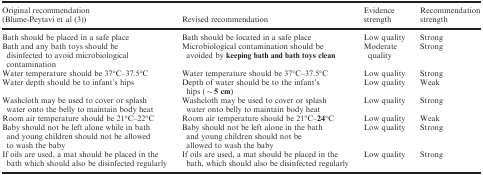
| Original recommendation (Blume‐Peytavi et al 3) | Revised recommendation | Evidence strength | Recommendation strength |
 | --- | --- | --- | --- |
 | Bath should be placed in a safe place | Bath should be located in a safe place | Low quality | Strong |
 | Bath and any bath toys should be disinfected to avoid microbiological contamination | Microbiological contamination should be avoided by keeping bath and bath toys clean | Moderate quality | Strong |
 | Water temperature should be 37°C–37.5°C | Water temperature should be 37°C–37.5°C | Low quality | Strong |
 | Water depth should be to infant's hips | Depth of water should be to the infant's hips (∼5 cm) | Low quality | Weak |
 | Washcloth may be used to cover or splash water onto the belly to maintain body heat | Washcloth may be used to cover or splash water onto belly to maintain body heat | Low quality | Strong |
 | Room air temperature should be 21°C–22°C | Room air temperature should be 21°C–24°C | Low quality | Weak |
 | Baby should not be left alone while in bath and young children should not be allowed to wash the baby | Baby should not be left alone in the bath and young children should not be allowed to wash the baby | Low quality | Strong |
 | If oils are used, a mat should be placed in the bath which should also be disinfected regularly | If oils are used, a mat should be placed in the bath, which should also be disinfected regularly | Low quality | Strong |